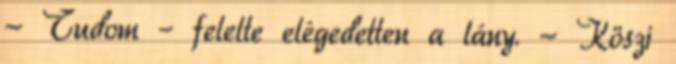
- Tudom – felelte elégedetten a lány. - Köszi